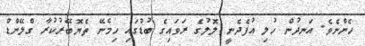
ހެންނެވެ. އަނދުން ހުލި އުފެދެނީ ލޮލުގެ ރަވައިގެ ބުޑުގައި ހިމެނޭ ތެޔޮބޭރުކުރާ ގްލޭންޑް